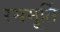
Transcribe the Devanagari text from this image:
रसमूर्ति